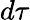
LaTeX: d\tau